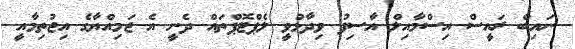
ނައިބް ރައީސް އިސްމާއިލް އާސިފު ވިދާޅުވީ ލެޕްޓޮޕްތައް ދެނީ އެ ޖަމިއްޔާގެ އިޖުތިމާއީ